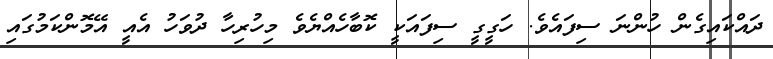
ދައްކައިގެން ހުންނަ ސިފައެވެ. ހަގީގީ ސިފައަކީ ކޮބާހެއްޔެވެ މިހުރިހާ ދުވަހު އެއީ އޭމޮންކަމުގައި